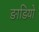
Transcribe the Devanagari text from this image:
ङाडियो